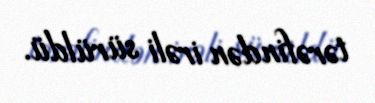
tərəfindən irəli sürüldü.